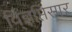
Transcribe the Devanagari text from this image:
वि्ज्ञप्तिसार